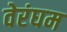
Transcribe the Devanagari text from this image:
वेरंघम